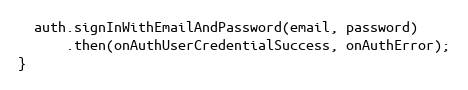
Language: JavaScript
  auth.signInWithEmailAndPassword(email, password)
      .then(onAuthUserCredentialSuccess, onAuthError);
}